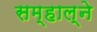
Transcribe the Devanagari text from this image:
सम्हाल्ने